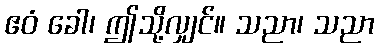
ဧဝံ ခေါ၊ ဤသို့လျှင်။ သညာ၊ သညာ